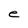
Character: e